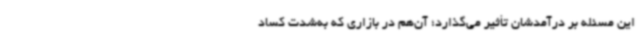
این مسئله بر درآمدشان تأثیر می‌گذارد؛ آن‌هم در بازاری که به‌شدت کساد